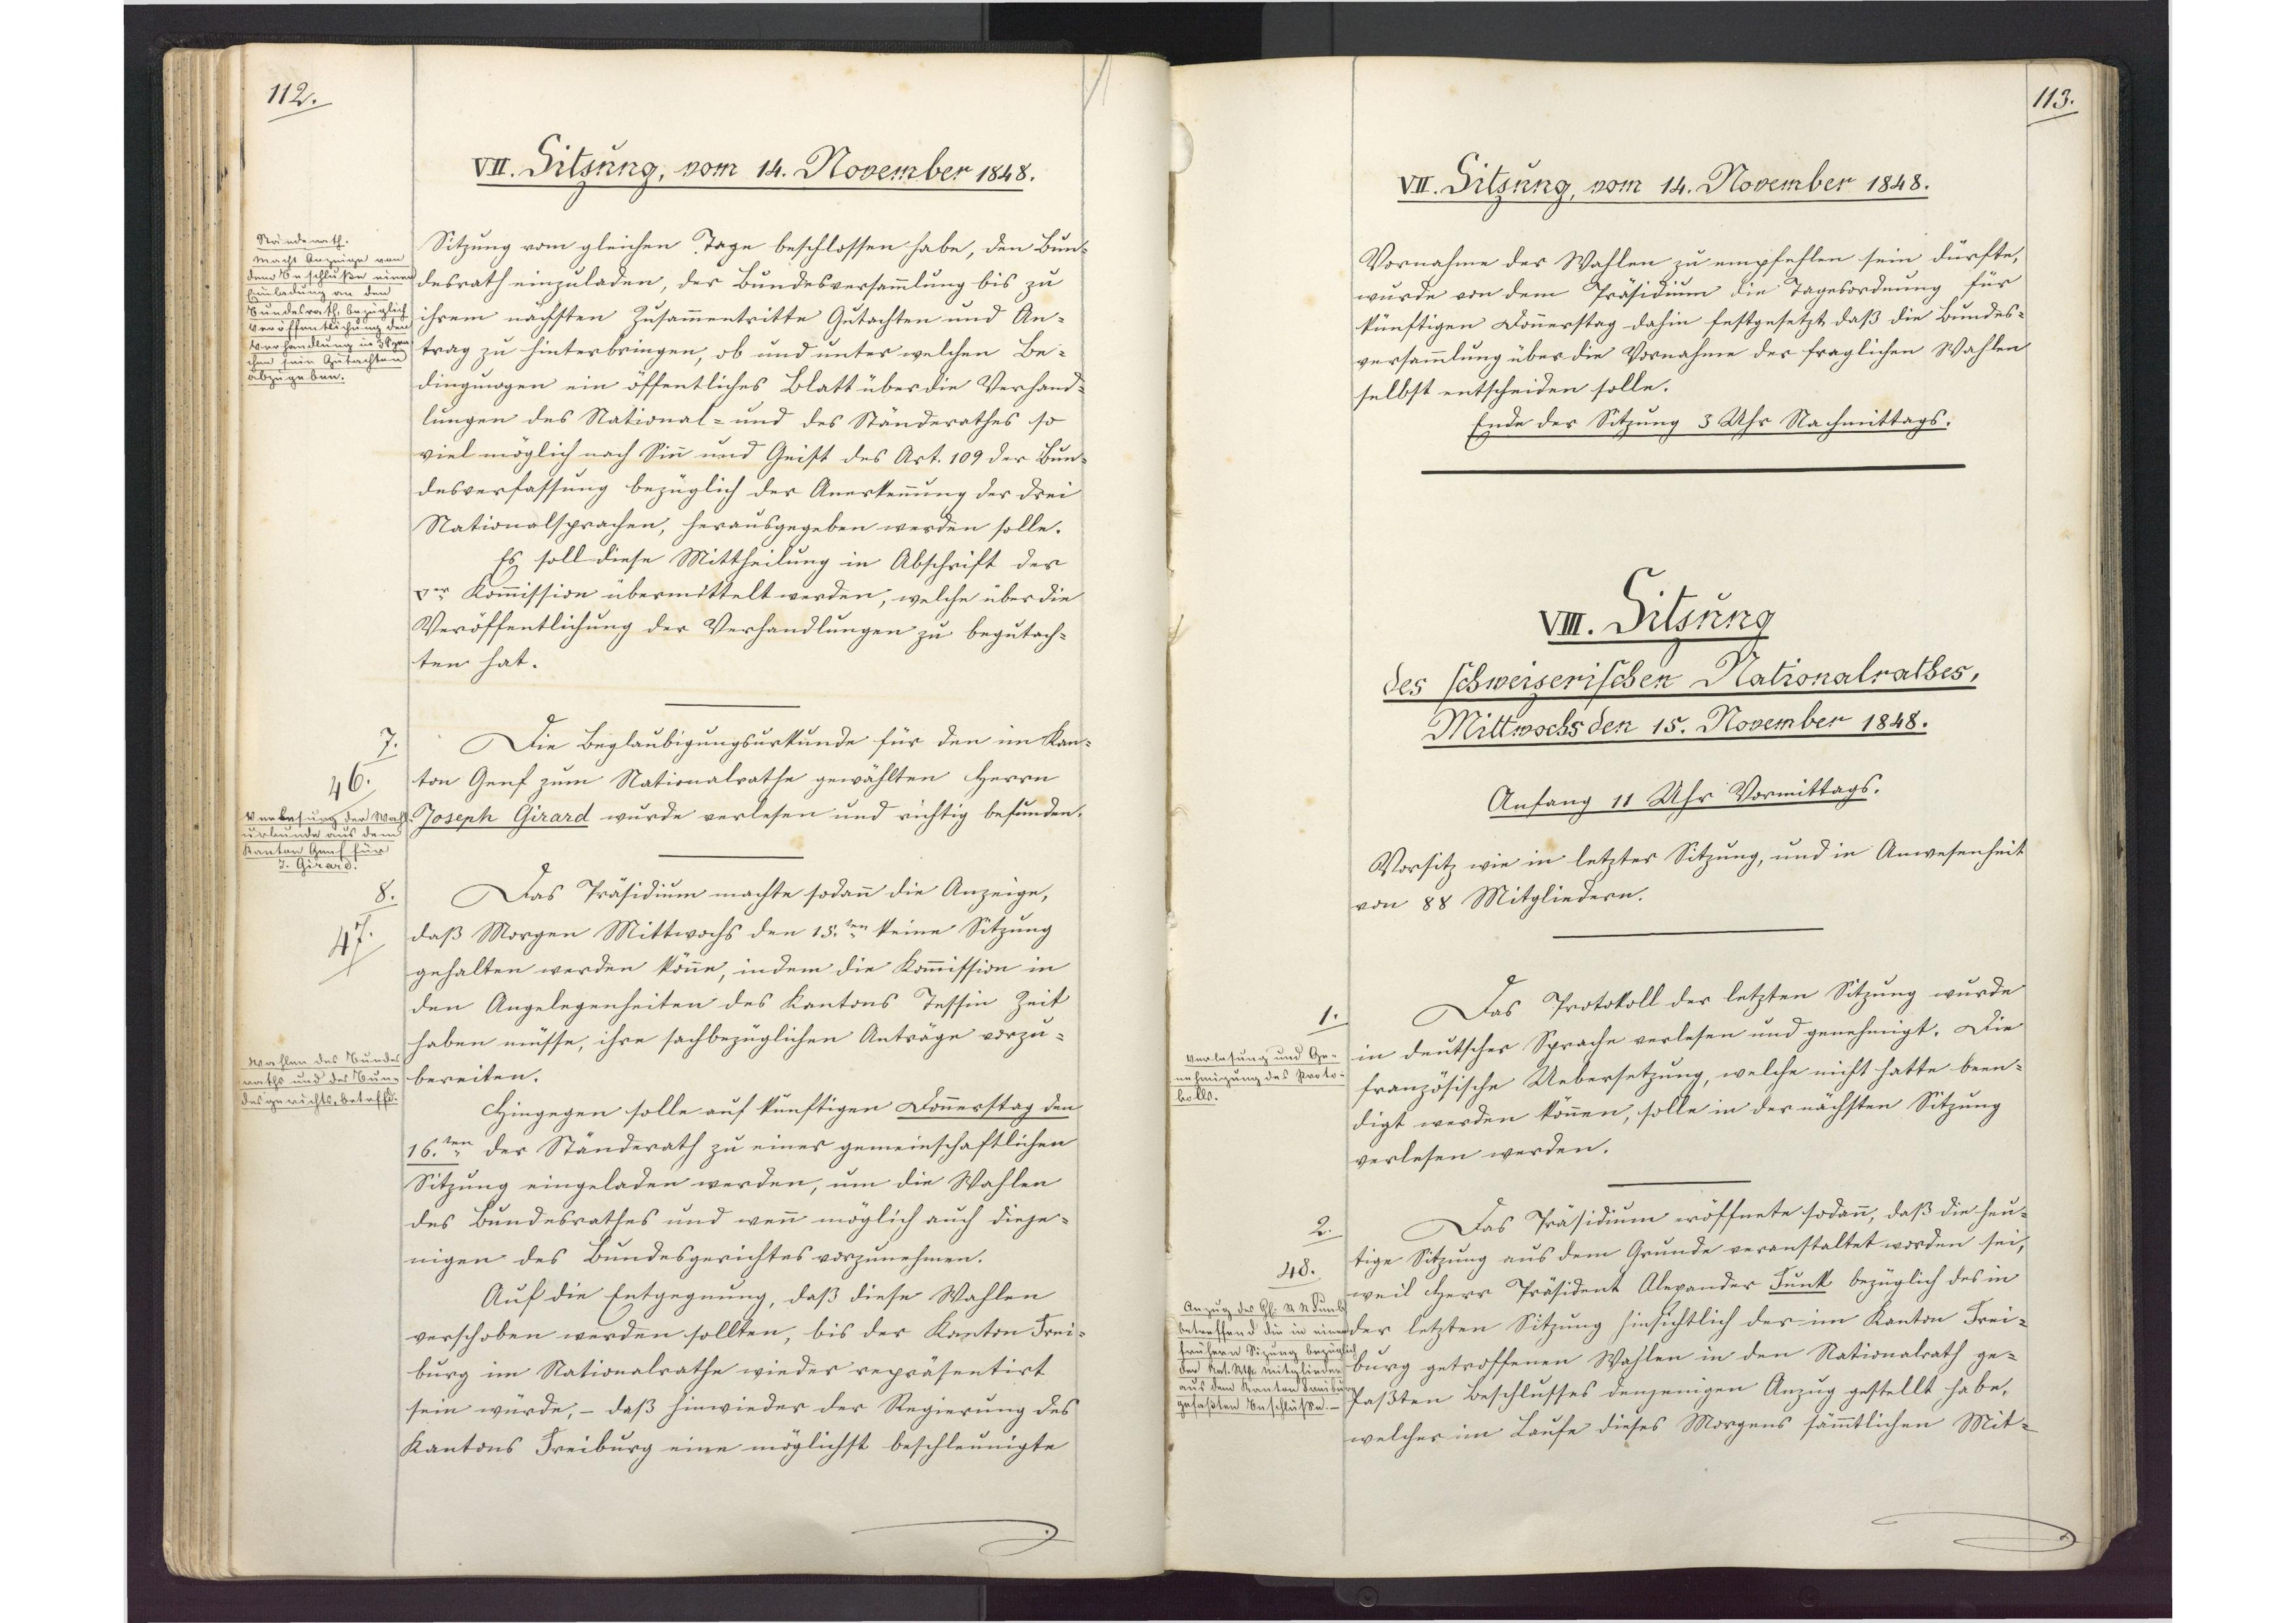
113.

VIII. Sitzung
des schweizerischen Nationalrathes,
Mittwochs den 15. November 1848.

Anfang 11 Uhr Vormittags.
Vorsitz wie in letzter Sitzung, und in Anwesenheit
von 88 Mitgliedern.
Das Protokoll der letzten Sitzung wurde
in deutscher Sprache verlesen und genehmigt. Die
französische Uebersetzung, welche nicht hatte been¬
digt werden können, solle in der nächsten Sitzung
verlesen werden.
Das Präsidium eröffnete sodann, daß die heu¬
tige Sitzung aus dem Grunde veranstaltet worden sei,
weil Herr Präsident Alexander Funk bezüglich des in
der letzten Sitzung hinsichtlich der im Kanton Frei¬
burg getroffenen Wahlen in den Nationalrath ge¬
faßten Beschlusses denjenigen Anzug gestellt habe,
welcher im Laufe dieses Morgens sämmtlichen Mit¬

1.
Verlesung und Ge¬
nehmigung des Proto¬
kolls.

2.
48.
Anzug des Herrn R. R. Funk
betreffend die in einer
frühern Sitzung bezüglich
der Nat. Rath Mitglieder
aus dem Kanton Freiburg
gefaßten Beschlüße.